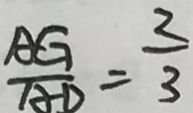
\frac { A G } { A D } = \frac { 2 } { 3 }